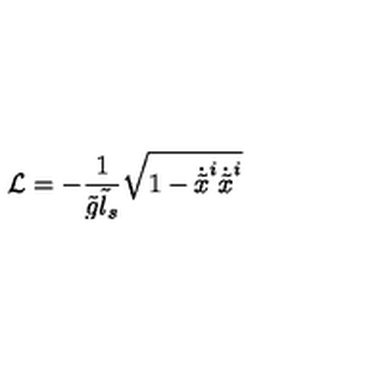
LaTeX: { \cal L } = - \frac { 1 } { \tilde { g } \tilde { l } _ { s } } \sqrt { 1 - \dot { \tilde { x } } ^ { i } \dot { \tilde { x } } ^ { i } }